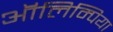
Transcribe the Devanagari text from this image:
ऑलिम्पिया